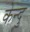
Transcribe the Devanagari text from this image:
केन्दु